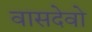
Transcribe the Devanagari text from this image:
वासदेवो